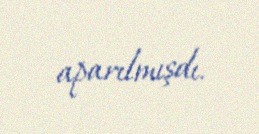
aparılmışdı.